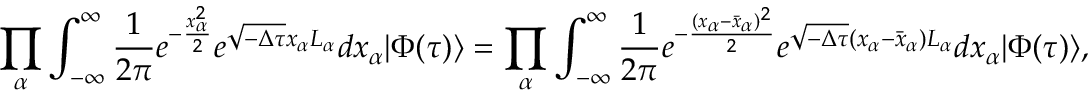
\prod _ { \alpha } \int _ { - \infty } ^ { \infty } \frac { 1 } { 2 \pi } e ^ { - \frac { x _ { \alpha } ^ { 2 } } { 2 } } e ^ { \sqrt { - \Delta \tau } x _ { \alpha } L _ { \alpha } } d x _ { \alpha } | \Phi ( \tau ) \rangle = \prod _ { \alpha } \int _ { - \infty } ^ { \infty } \frac { 1 } { 2 \pi } e ^ { - \frac { ( x _ { \alpha } - \bar { x } _ { \alpha } ) ^ { 2 } } { 2 } } e ^ { \sqrt { - \Delta \tau } ( x _ { \alpha } - \bar { x } _ { \alpha } ) L _ { \alpha } } d x _ { \alpha } | \Phi ( \tau ) \rangle ,